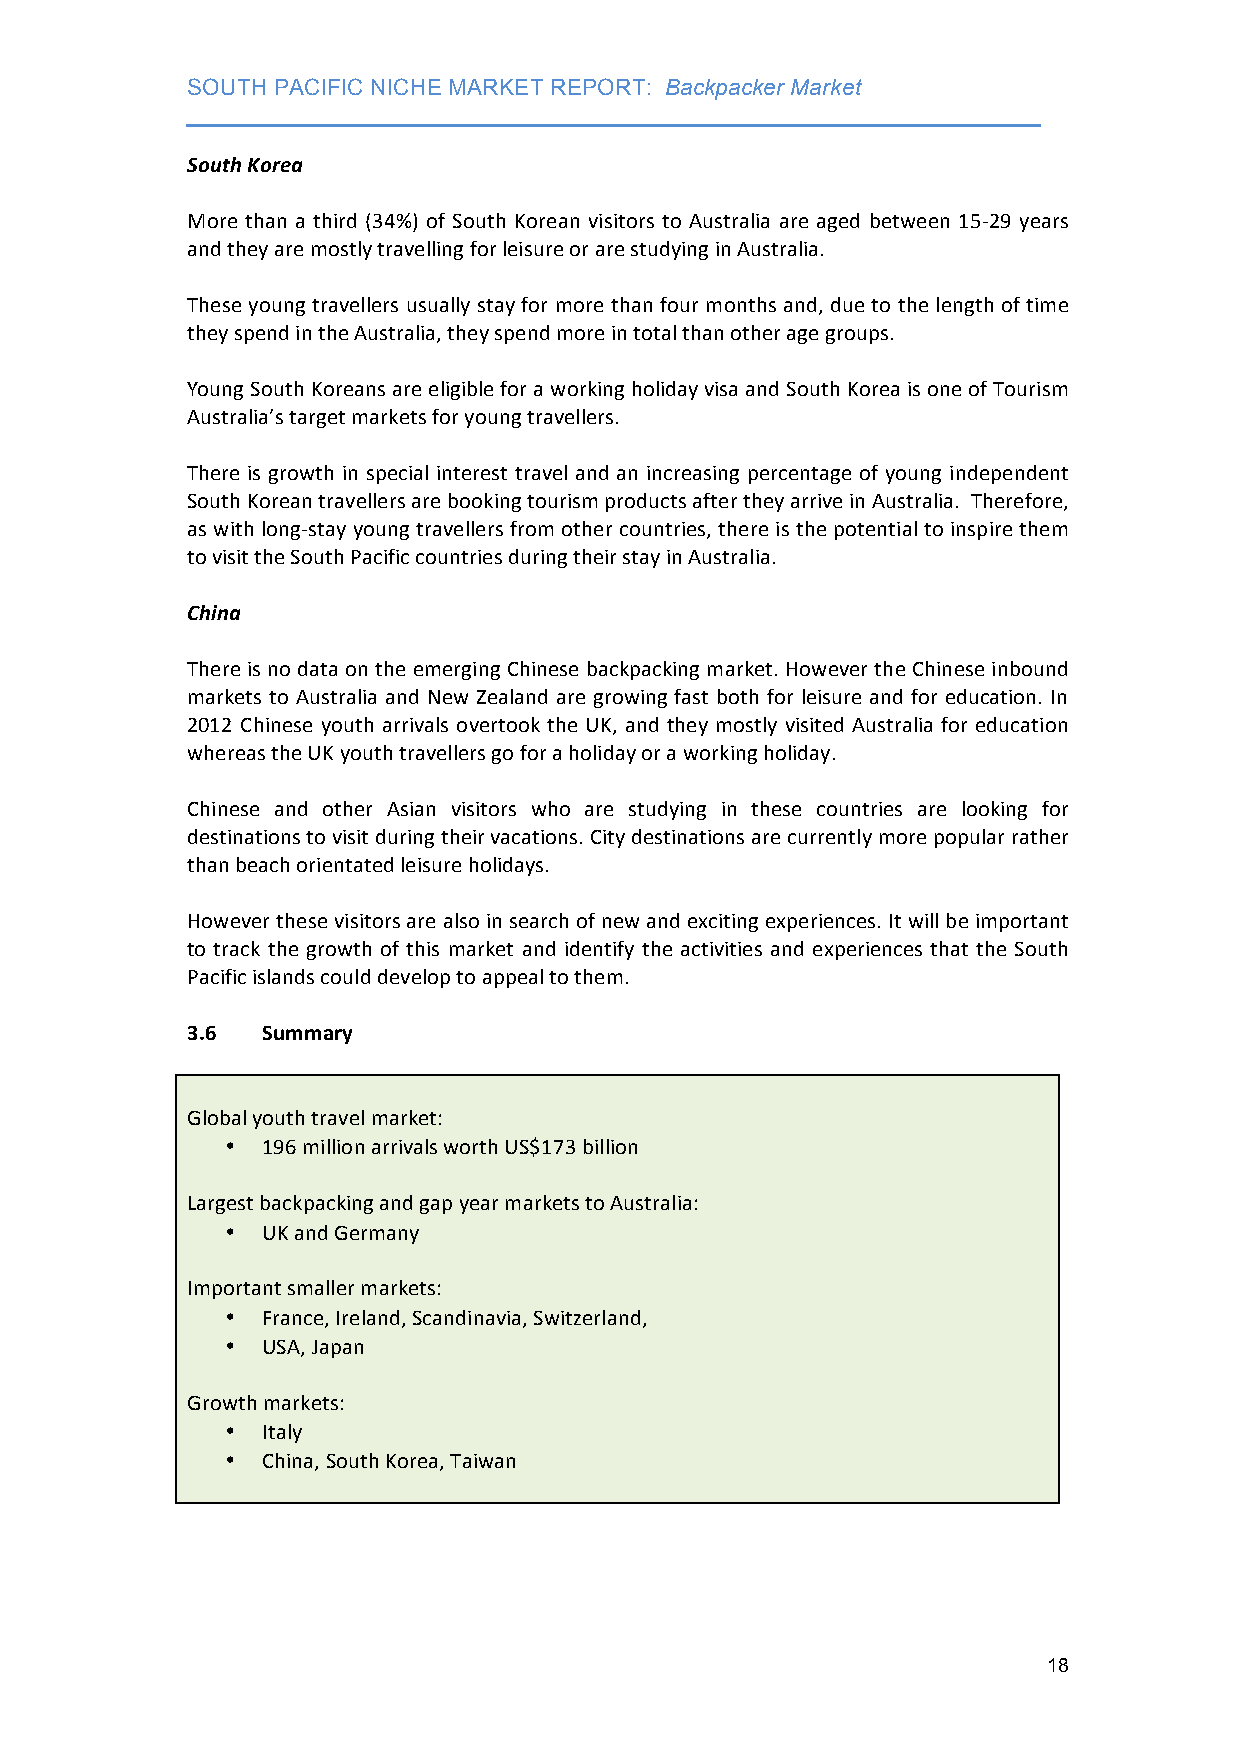
SOUTH PACIFIC NICHE MARKET REPORT: Backpacker Market
 ___________________________________________________________________
 South Korea
 More than a third (34%) of South Korean visitors to Australia are aged between 15-­‐29 years
 and they are mostly travelling for leisure or are studying in Australia.
 These young travellers usually stay for more than four months and, due to the length of time
 they spend in the Australia, they spend more in total than other age groups.
 Young South Koreans are eligible for a working holiday visa and South Korea is one of Tourism
 Australia’s target markets for young travellers.
 There is growth in special interest travel and an increasing percentage of young independent
 South Korean travellers are booking tourism products after they arrive in Australia. Therefore,
 as with long-­‐stay young travellers from other countries, there is the potential to inspire them
 to visit the South Pacific countries during their stay in Australia.
 China
 There is no data on the emerging Chinese backpacking market. However the Chinese inbound
 markets to Australia and New Zealand are growing fast both for leisure and for education. In
 2012 Chinese youth arrivals overtook the UK, and they mostly visited Australia for education
 whereas the UK youth travellers go for a holiday or a working holiday.
 Chinese and other Asian visitors who are studying in these countries are looking for
 destinations to visit during their vacations. City destinations are currently more popular rather
 than beach orientated leisure holidays.
 However these visitors are also in search of new and exciting experiences. It will be important
 to track the growth of this market and identify the activities and experiences that the South
 Pacific islands could develop to appeal to them.
 3.6  Summary
 Global youth travel market:
 • 196 million arrivals worth US$173 billion
 Largest backpacking and gap year markets to Australia:
 • UK and Germany
 Important smaller markets:
 • France, Ireland, Scandinavia, Switzerland,
 • USA, Japan
 Growth markets:
 • Italy
 • China, South Korea, Taiwan
 18